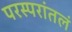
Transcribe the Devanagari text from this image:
परस्परांतलं